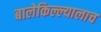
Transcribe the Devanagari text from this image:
बालेकिल्ल्यालाच